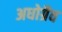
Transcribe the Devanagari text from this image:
अधोग्रैव